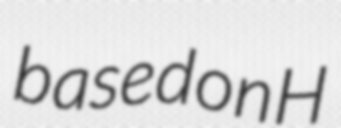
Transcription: based on H